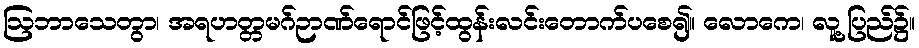
ဩဘာသေတွာ၊ အရဟတ္တမဂ်ဉာဏ်ရောင်ဖြင့်ထွန်းလင်းတောက်ပစေ၍။ လောကေ၊ လူ့ပြည်၌။